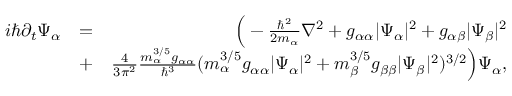
\begin{array} { r l r } { i \hbar \partial _ { t } \Psi _ { \alpha } } & { = } & { \Big ( - \frac { \hbar ^ { 2 } } { 2 m _ { \alpha } } \nabla ^ { 2 } + g _ { \alpha \alpha } | \Psi _ { \alpha } | ^ { 2 } + g _ { \alpha \beta } | \Psi _ { \beta } | ^ { 2 } } \\ & { + } & { \frac { 4 } { 3 \pi ^ { 2 } } \frac { m _ { \alpha } ^ { 3 / 5 } g _ { \alpha \alpha } } { \hbar ^ { 3 } } ( m _ { \alpha } ^ { 3 / 5 } g _ { \alpha \alpha } | \Psi _ { \alpha } | ^ { 2 } + m _ { \beta } ^ { 3 / 5 } g _ { \beta \beta } | \Psi _ { \beta } | ^ { 2 } ) ^ { 3 / 2 } \Big ) \Psi _ { \alpha } , } \end{array}